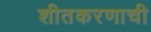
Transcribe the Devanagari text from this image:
शीतकरणाची